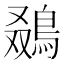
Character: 𬷒